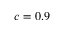
c = 0 . 9